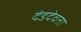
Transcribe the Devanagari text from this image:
दंडदेवता